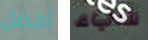
أفضل شيء